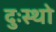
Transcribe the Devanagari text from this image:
दुःस्थो